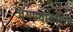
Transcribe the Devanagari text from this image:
जगण्याकरिता